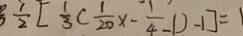
\frac { 1 } { 2 } [ \frac { 1 } { 3 } ( \frac { 1 } { 2 0 } x - \frac { 1 } { 4 } - 1 ) - 1 ] = 1